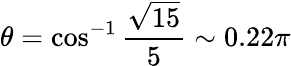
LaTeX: \theta=\cos^{-1}\frac{\sqrt{15}}{5}\sim 0.22\pi